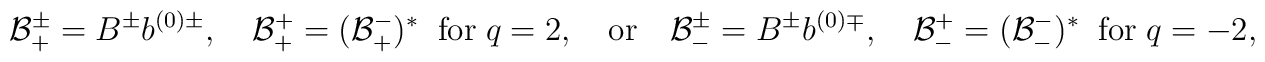
{\cal B}^\pm_+ = B^\pm b^{(0)\pm}, \quad{\cal B}^+_+ = ({\cal B}^-_+)^* \;\;{\rm for}\; q = 2, \quad {\rm or}\quad{\cal B}^\pm_- = B^\pm b^{(0)\mp},\quad {\cal B}^+_- = ({\cal B}^-_-)^* \;\;{\rm for}\; q = - 2,